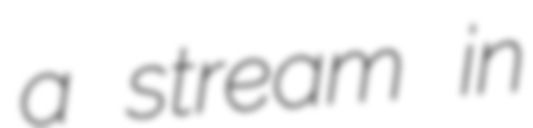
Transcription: a stream in